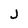
Character: J